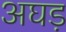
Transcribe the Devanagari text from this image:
अघड़